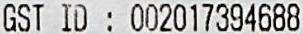
GST ID : 002017394688